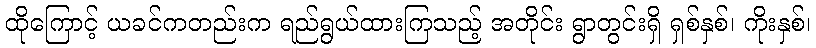
ထိုကြောင့် ယခင်ကတည်းက ရည်ရွယ်ထားကြသည့် အတိုင်း ရွာတွင်းရှိ ရှစ်နှစ်၊ ကိုးနှစ်၊